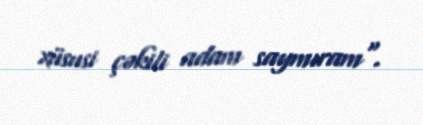
xüsusi çəkili adam saymıram".